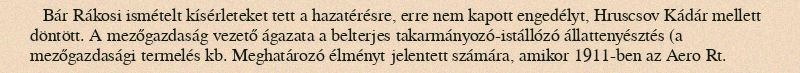
Bár Rákosi ismételt kísérleteket tett a hazatérésre, erre nem kapott engedélyt, Hruscsov Kádár mellett döntött. A mezőgazdaság vezető ágazata a belterjes takarmányozó-istállózó állattenyésztés (a mezőgazdasági termelés kb. Meghatározó élményt jelentett számára, amikor 1911-ben az Aero Rt.